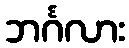
ဘင်္ဂလား